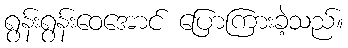
ရွန်းရွန်းဝေအောင် ပြောကြားခဲ့သည်။